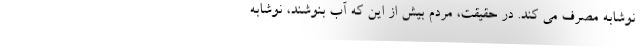
نوشابه مصرف می کند. در حقیقت، مردم بیش از این که آب بنوشند، نوشابه